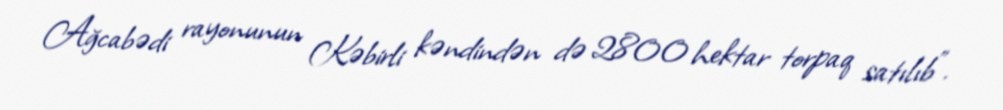
Ağcabədi rayonunun Kəbirli kəndindən də 2800 hektar torpaq satılıb".